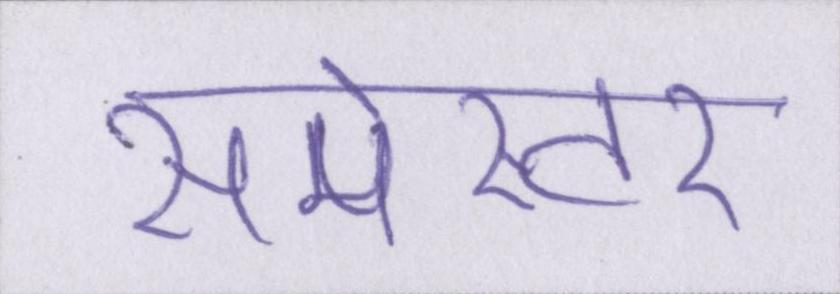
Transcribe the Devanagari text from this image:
सेमेस्टर